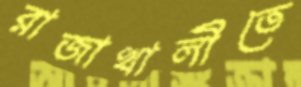
রাজাখালীতে